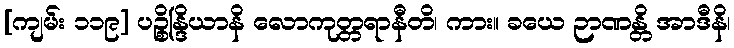
[ကျမ်း ၁၁၉] ပဉ္စိန္ဒြိယာနိ လောကုတ္တရာနီတိ၊ ကား။ ခယေ ဉာဏန္တိ အာဒီနိ၊